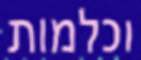
וכלמות